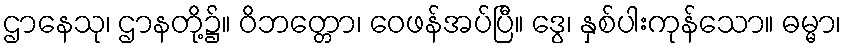
ဌာနေသု၊ ဌာနတို့၌။ ဝိဘတ္တော၊ ဝေဖန်အပ်ပြီ။ ဒွေ၊ နှစ်ပါးကုန်သော။ ဓမ္မာ၊